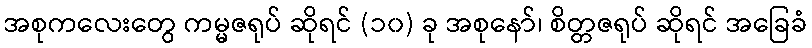
အစုကလေးတွေ ကမ္မဇရုပ် ဆိုရင် (၁၀) ခု အစုနော်၊ စိတ္တဇရုပ် ဆိုရင် အခြေခံ